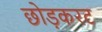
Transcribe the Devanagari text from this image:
छोड़करट